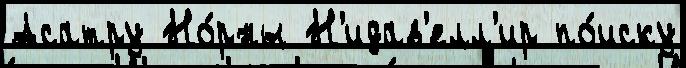
Асатру Но́рны Н'идав'елл'ир по́иску